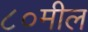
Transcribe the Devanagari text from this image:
८०मील